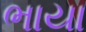
ભાયા